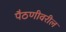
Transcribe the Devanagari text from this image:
पैठणीवरील